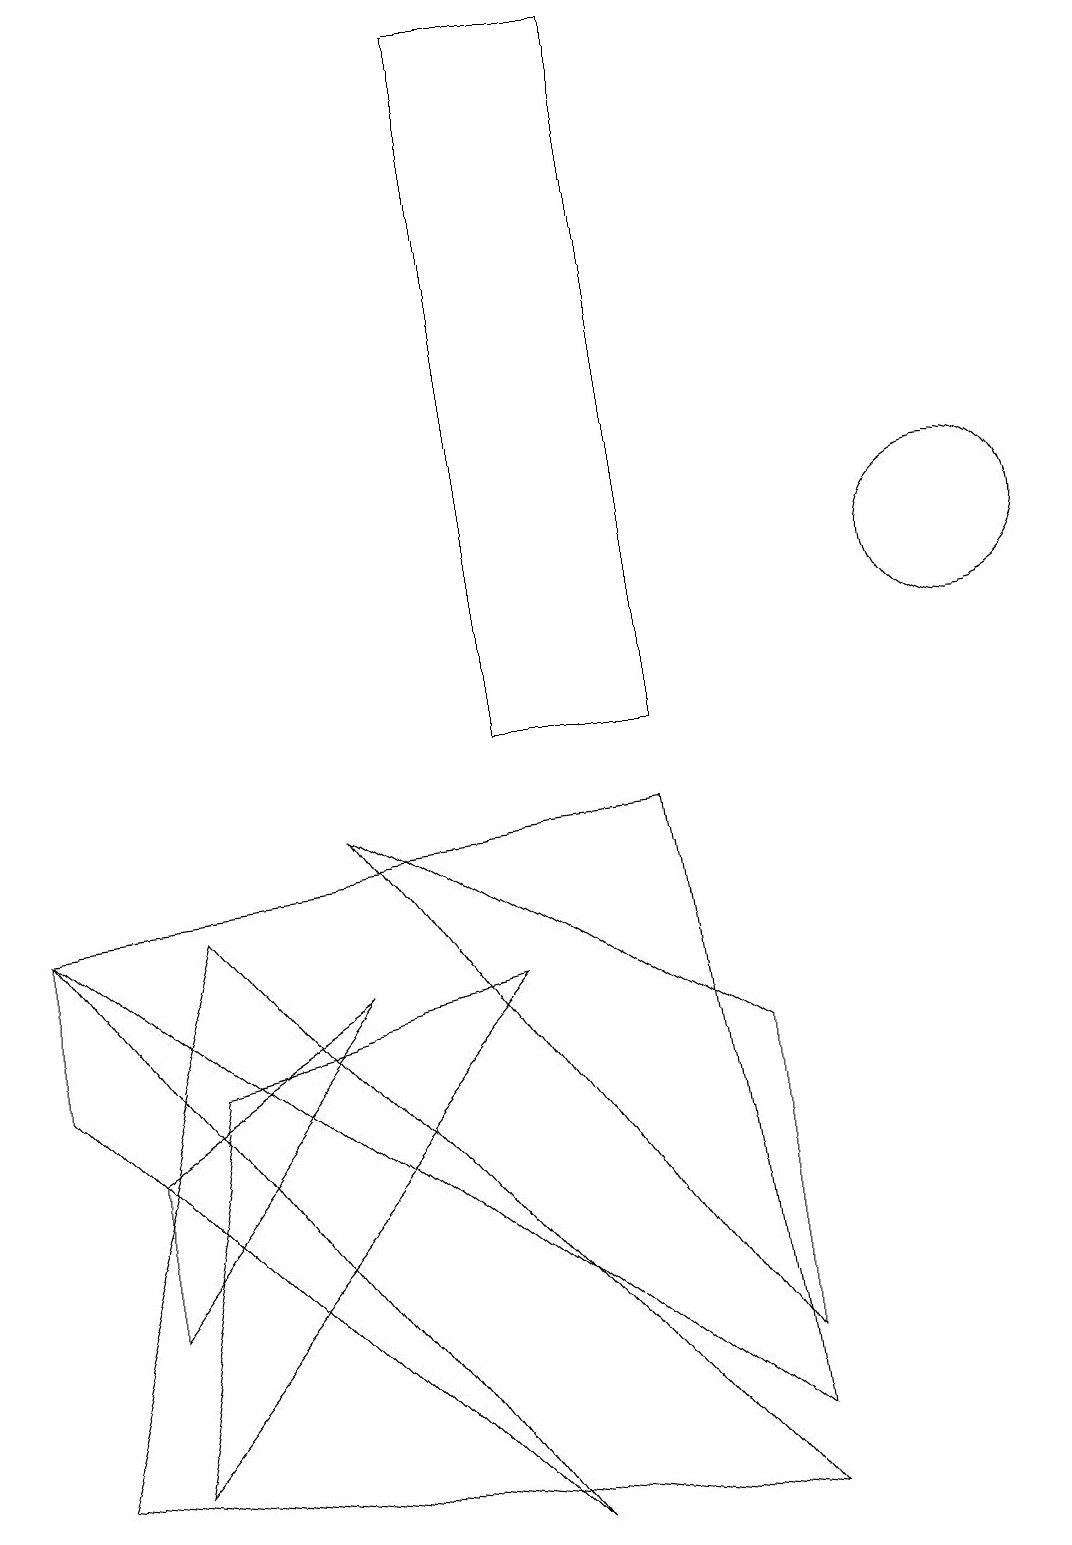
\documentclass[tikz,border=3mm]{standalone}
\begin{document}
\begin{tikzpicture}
\draw (1,1) -- (2,6) -- (6,7) -- cycle;
\draw (6,10) rectangle (8,19);
\draw (0,1) -- (2,8) -- (9,0) -- cycle;
\draw (9,2) -- (9,6) -- (4,9) -- cycle;
\draw (0,8) -- (0,6) -- (6,0) -- cycle;
\draw (12,12) circle (1);
\draw (1,3) -- (4,7) -- (1,5) -- cycle;
\draw (9,1) -- (0,8) -- (8,9) -- cycle;
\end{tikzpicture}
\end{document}